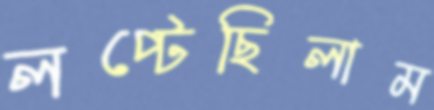
লপ্‌টেছিলাম